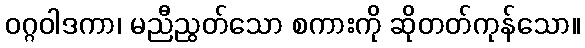
ဝဂ္ဂဝါဒကာ၊ မညီညွတ်သော စကားကို ဆိုတတ်ကုန်သော။